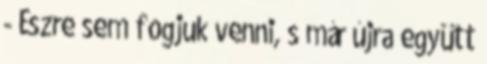
- Észre sem fogjuk venni, s már újra együtt